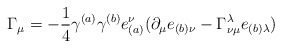
\begin{align*}\Gamma_{\mu} = - \frac{1}{4} \gamma^{(a)} \gamma^{(b)} e^{\nu}_{(a)} (\partial_{\mu} e_{(b) \nu} - \Gamma^{\lambda}_{\nu\mu}e_{(b) \lambda})\end{align*}